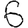
Digit: 6